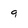
Character: 9